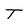
Character: T